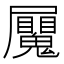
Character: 𭕼